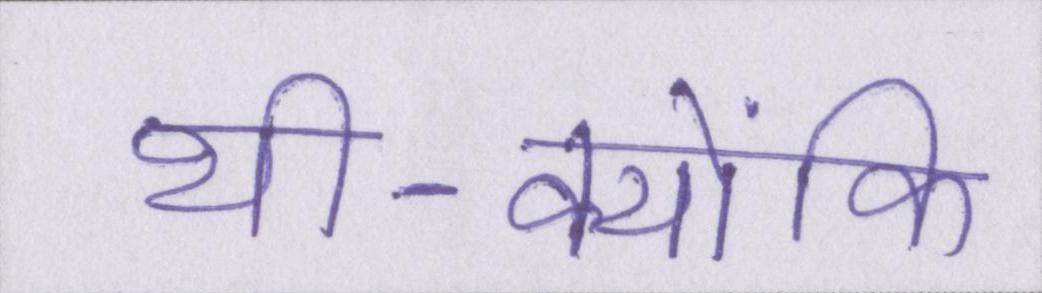
थी-क्योंकि